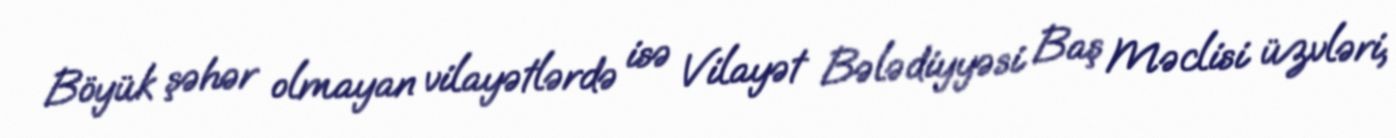
Böyük şəhər olmayan vilayətlərdə isə Vilayət Bələdiyyəsi Baş Məclisi üzvləri,